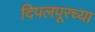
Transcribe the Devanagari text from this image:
दिपलपूरच्या